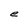
Character: e